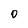
Character: 0